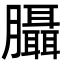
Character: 𦣀